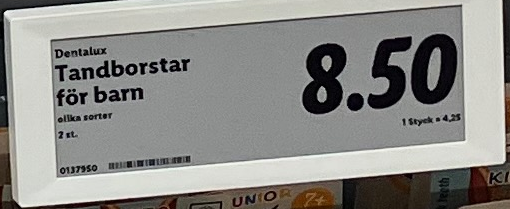
Vara: Tandborstar för barn
Genomsnittspris: 4.25 per st